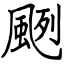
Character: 颲